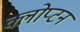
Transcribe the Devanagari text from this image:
क्लोप्टन